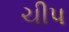
ચીપ